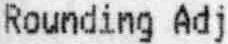
ROUNDING ADJ